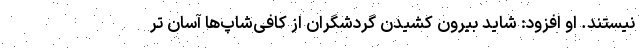
نیستند. او افزود: شاید بیرون کشیدن گردشگران از کافی‌شاپ‌ها آسان تر